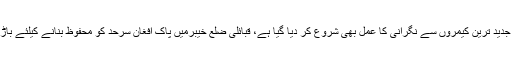
میڈیا رپورٹس کے مطابق سرحد پر جدید ترین کیمروں سے نگرانی کا عمل بھی شروع کر دیا گیا ہے، قبائلی ضلع خیبرمیں پاک افغان سرحد کو محفوظ بنانے کیلئے باڑ لگانے کا کام تیزی سے جاری ہے۔